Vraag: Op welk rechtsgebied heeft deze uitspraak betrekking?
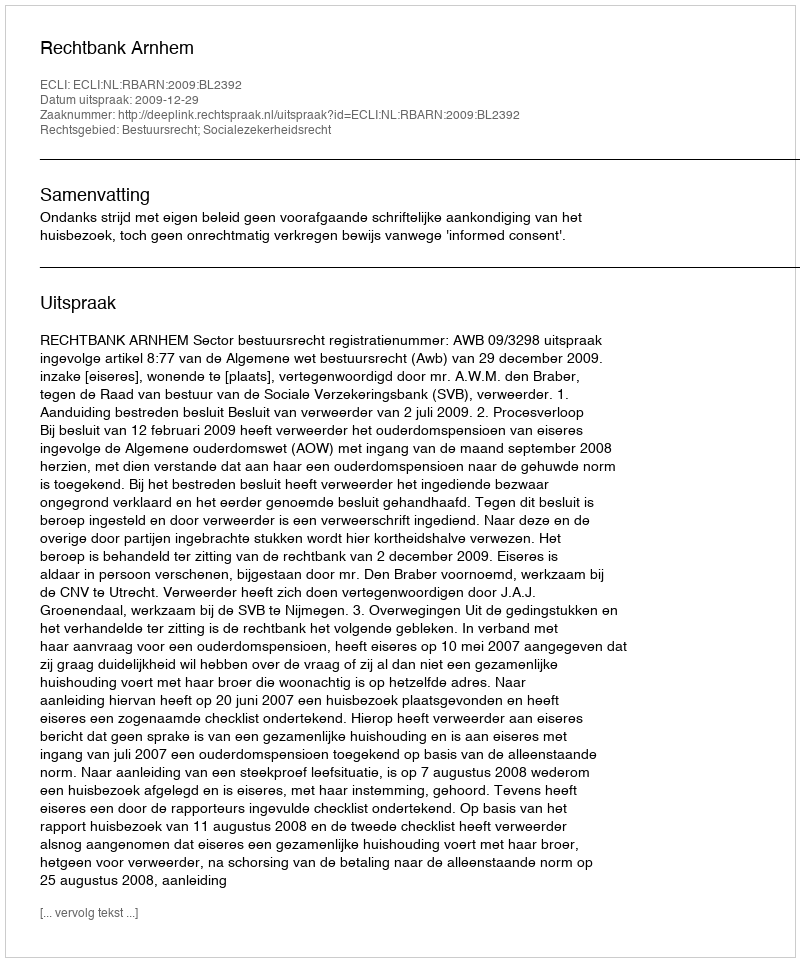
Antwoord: Bestuursrecht; Socialezekerheidsrecht